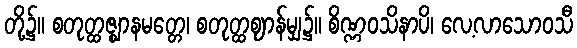
တို့၌။ စတုတ္ထဇ္ဈာနမတ္တေ၊ စတုတ္ထဈာန်မျှ၌။ စိဏ္ဏဝသိနာပိ၊ လေ့လာသောဝသီ